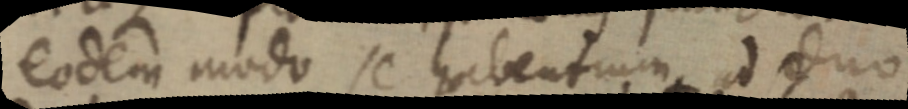
eodem modo se habentium ad duo